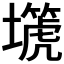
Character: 𡒞